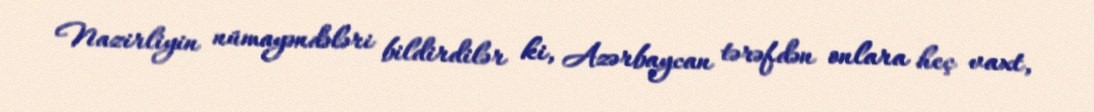
Nazirliyin nümayəndələri bildirdilər ki, Azərbaycan tərəfdən onlara heç vaxt,